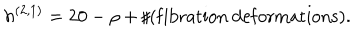
LaTeX: h ^ { ( 2 , 1 ) } = 2 0 - \rho + \sharp ( \mathrm { f i b r a t i o n } ~ \mathrm { d e f o r m a t i o n s } ) .